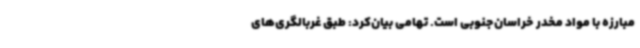
مبارزه با مواد مخدر خراسان‌جنوبی است. تهامی بیان‌کرد: طبق غربالگری‌های